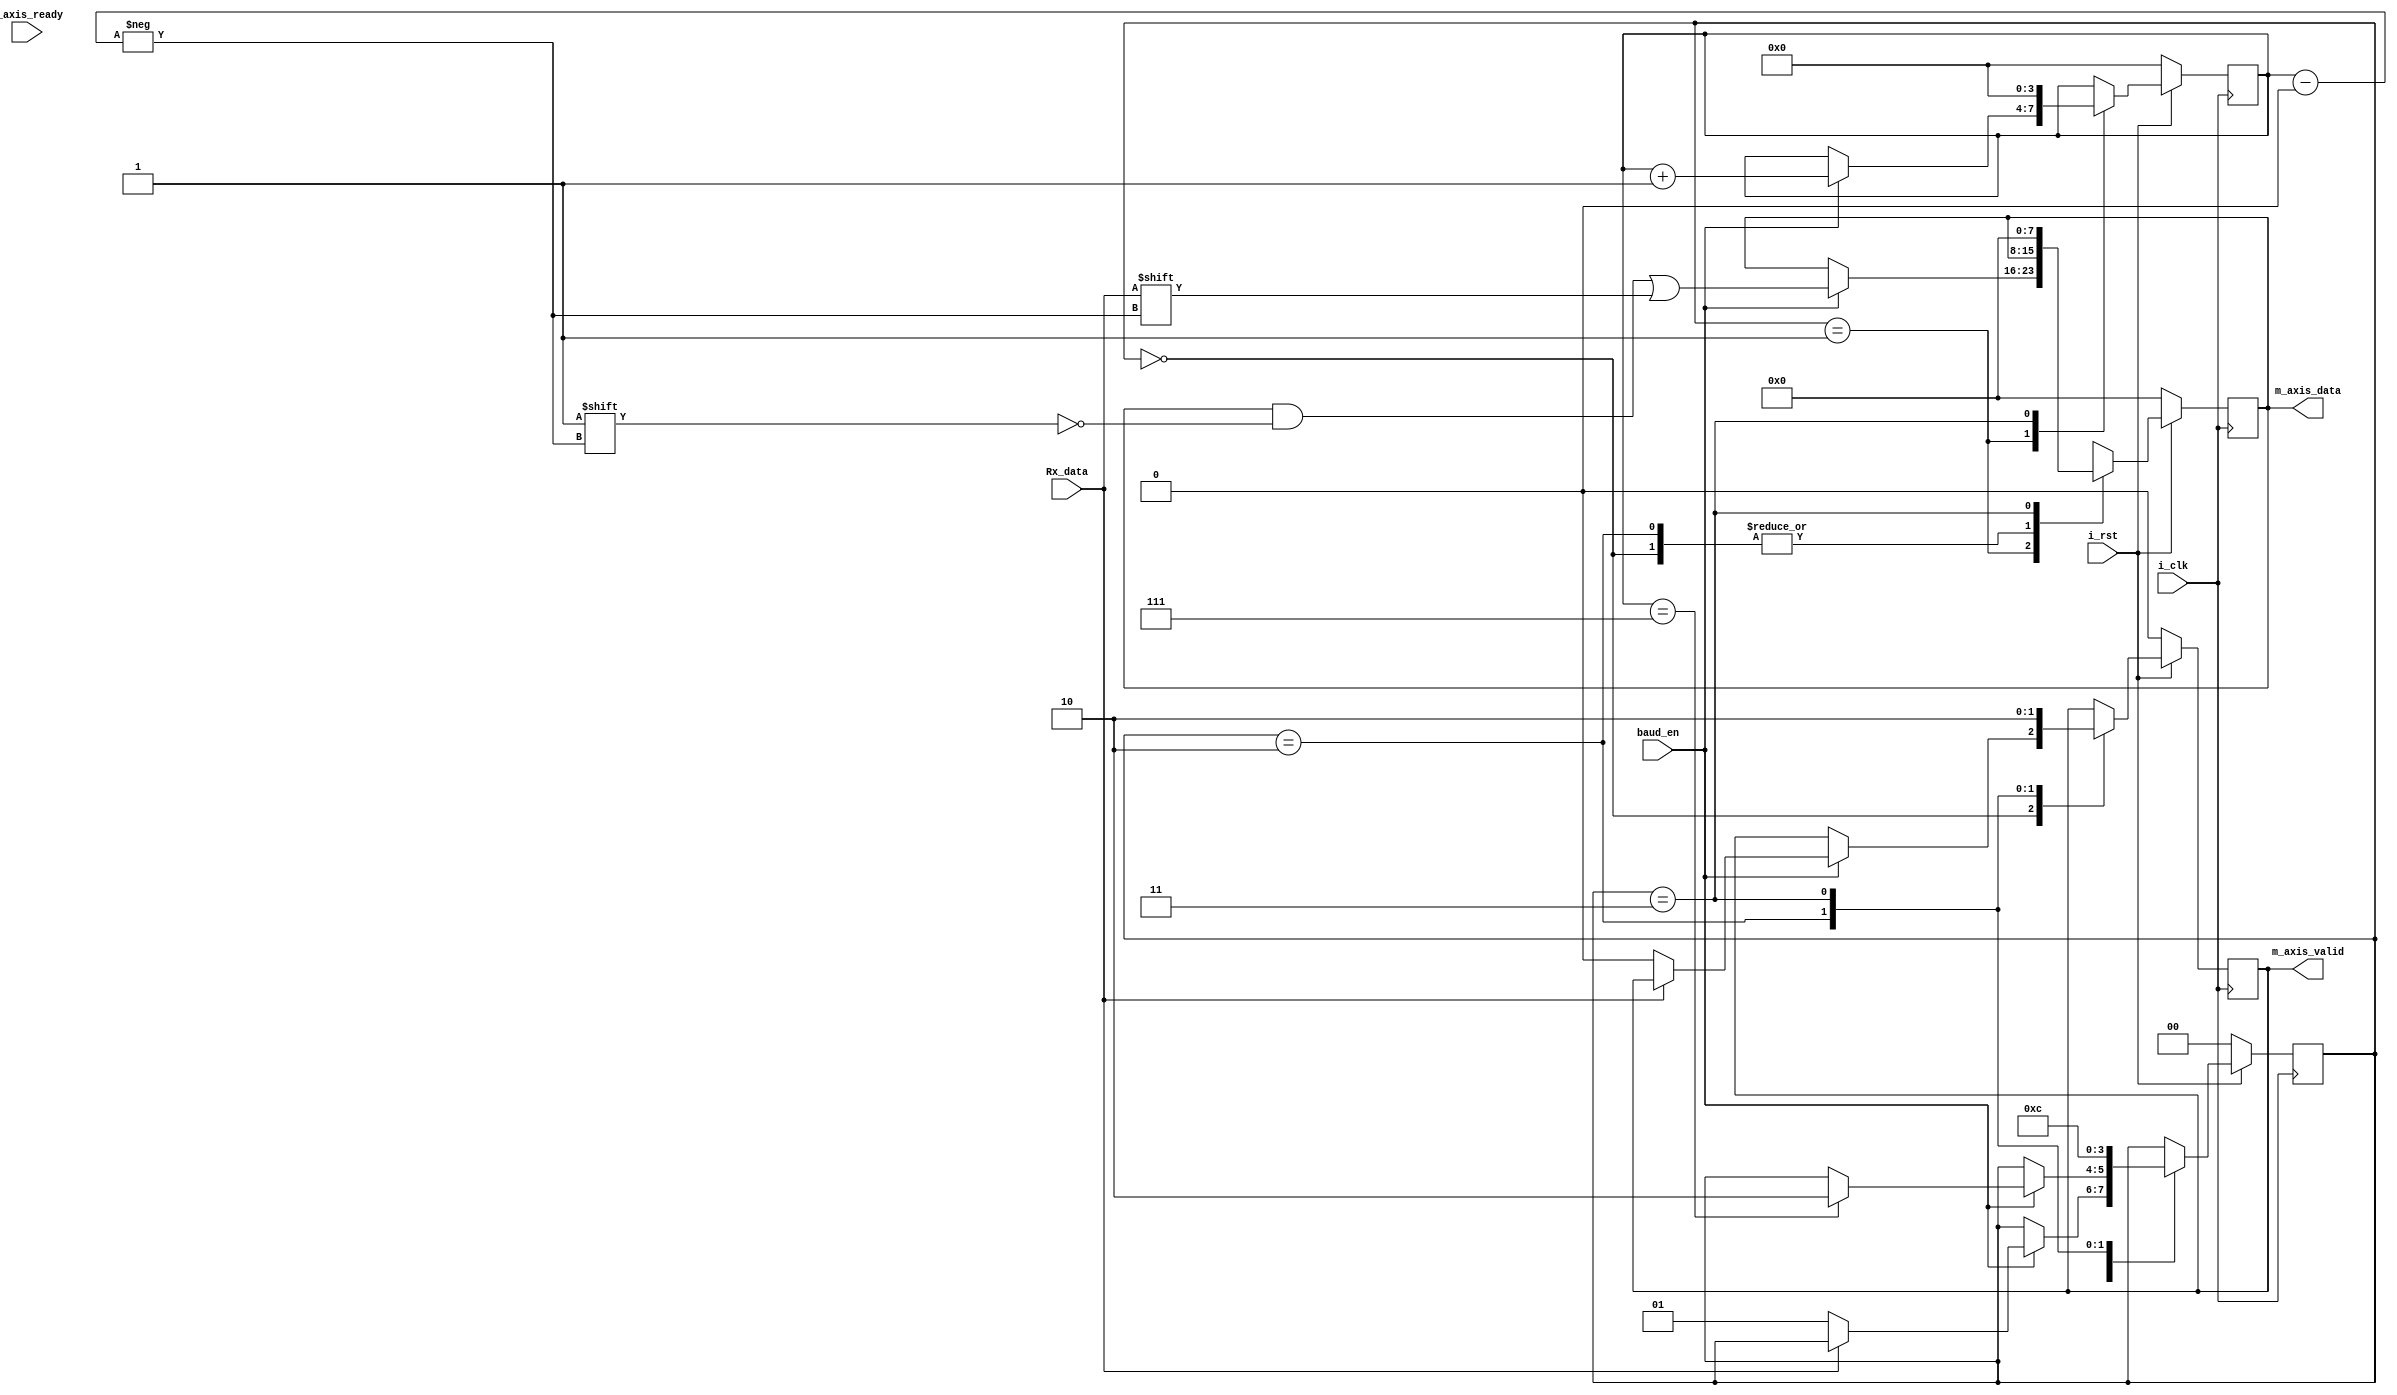
module UART_Rx#(parameter data_width = 8)(
        
        input i_clk,
        input i_rst,
        
        input Rx_data,
        
        // master port 
        output [data_width-1:0] m_axis_data,
        output m_axis_valid,
        input m_axis_ready,
        
        input baud_en
    );
    parameter IDLE = 2'b00;
    parameter RECEIVE = 2'b01;
    parameter TRANSFER = 2'b10;
    parameter END = 2'b11;
  
    assign m_axis_data = data_reg;
    assign m_axis_valid = valid;
  
    reg valid;
    reg [1:0] state;
    reg busy;
    reg [data_width - 1: 0] data_reg;
    reg [3:0] bit_cnt; 
    
    always@(posedge i_clk)begin
        if(!i_rst)begin
            state <= 2'b00;
            busy <= 0;
            data_reg <= 0;
            bit_cnt <= 0;
            valid <= 0;
        end
        else begin
            case(state) 
                IDLE : begin
                    if(baud_en)begin
                        if(Rx_data == 0)begin // transfer start bit == 0;
                            state <= RECEIVE;
                            busy <= 1; 
                            valid <= 0;
                        end
                    end
                end
                RECEIVE : begin
                    if(baud_en)begin
                        data_reg[bit_cnt] <= Rx_data;
                        bit_cnt <= bit_cnt + 1;
                        if(bit_cnt == 7)begin
                            state <= TRANSFER;
                        end
                    end
                end
                TRANSFER : begin
                    valid <= 1;
                    state<= END;
                end
                END : begin
                    valid <= 0;
                    state <= IDLE;
                    data_reg <= 0;
                    bit_cnt <= 0;
                    busy <= 0;
                end
            endcase
        end
    end


endmodule